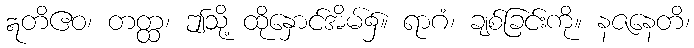
ဣတိဧဝ၊ တတ္ထ၊ ဤသို့ ထိုနှောင်အိမ်၌။ ရာဂံ၊ ချစ်ခြင်းကို။ နဇနေတိ၊